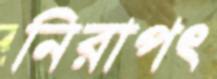
নিরাপৎ